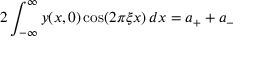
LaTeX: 2 \int _ { - \infty } ^ { \infty } y ( x , 0 ) \cos ( 2 \pi \xi x ) \, d x = a _ { + } + a _ { - }